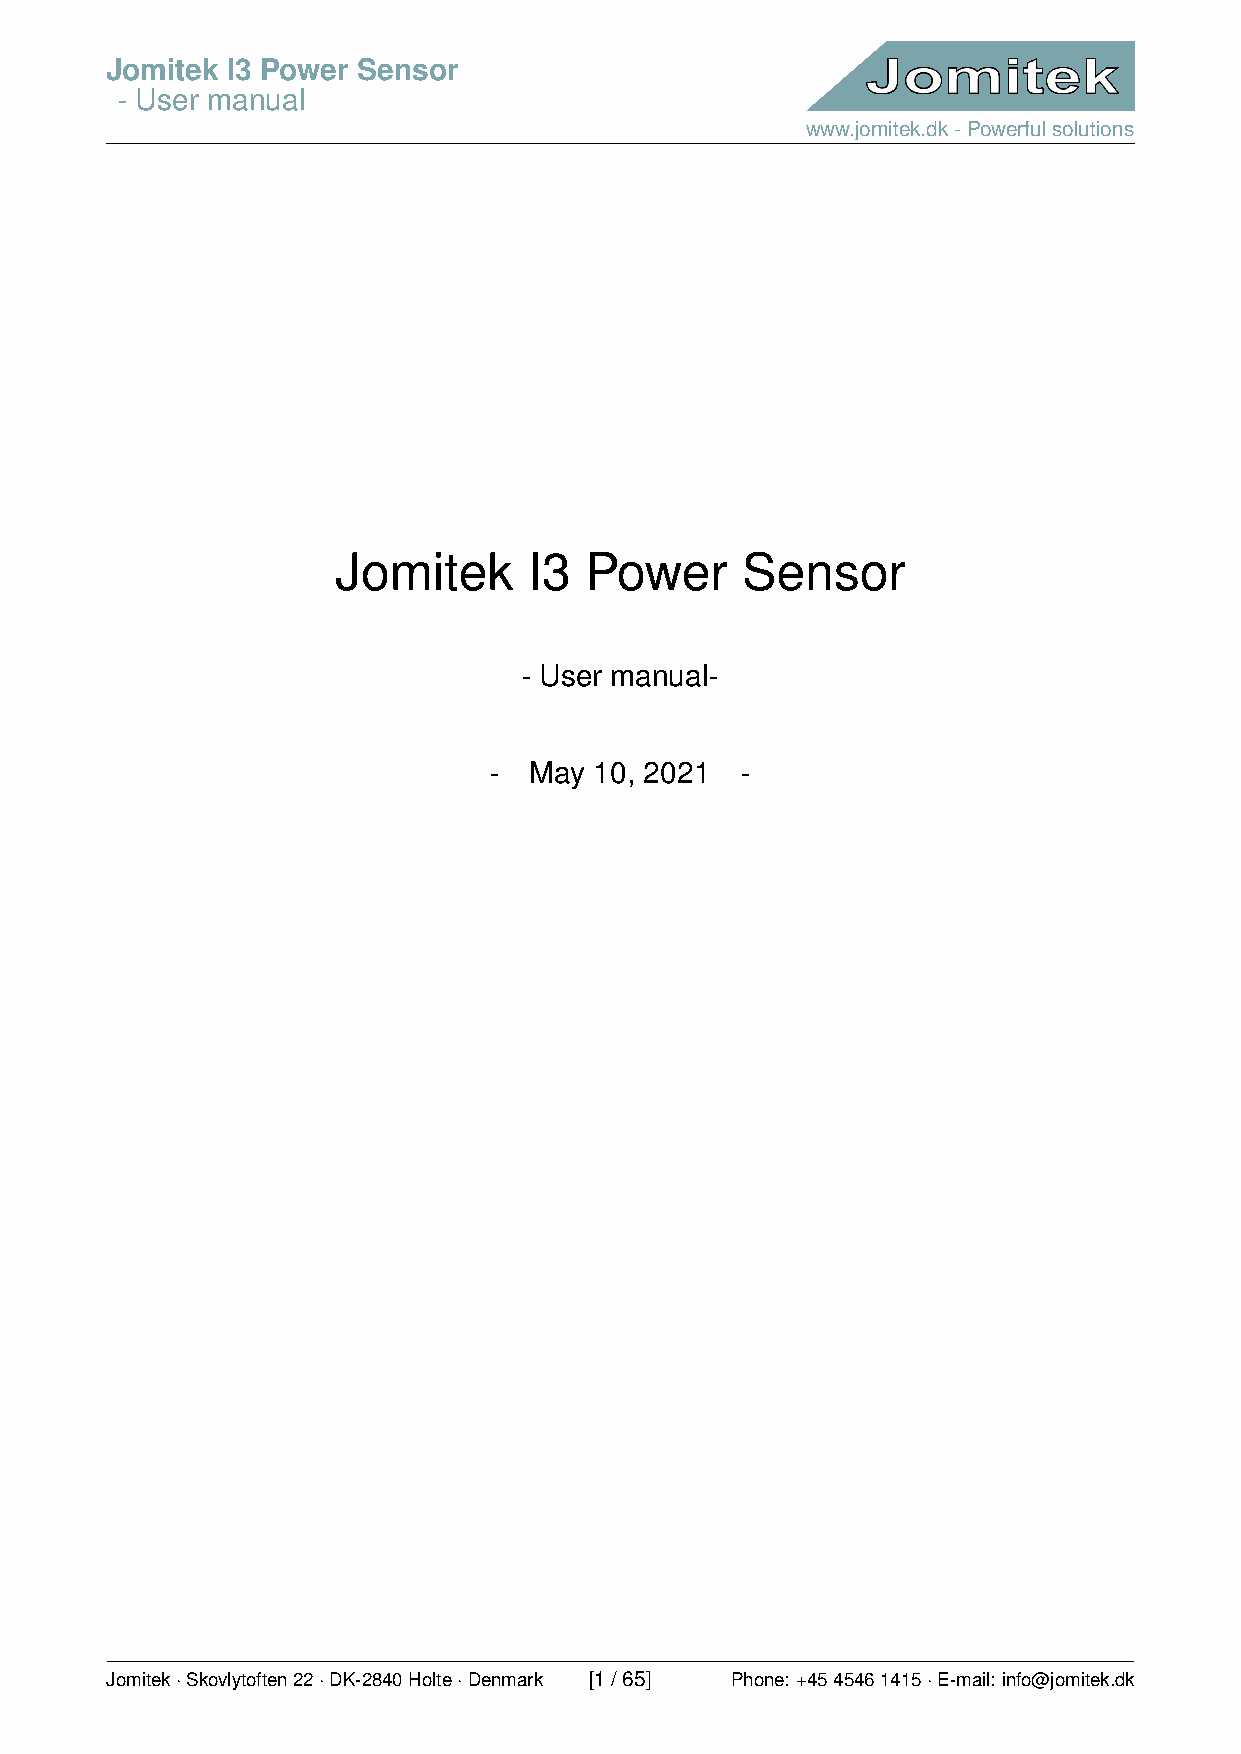
Jomitek I3 Power Sensor
 - User manual
 www.jomitek.dk-Powerfulsolutions
 Jomitek      I3  Power     Sensor
 - User manual-
 -  May 10, 2021  -
 Jomitek·Skovlytoften22·DK-2840Holte·Denmark [1/65] Phone: +4545461415·E-mail: info@jomitek.dk